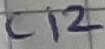
Text: C12